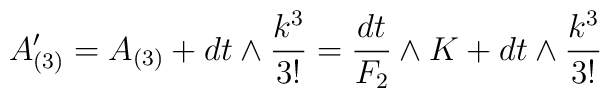
A^\prime_{(3)} = A_{(3)} + dt \wedge {k^3 \over 3!} = {dt \over F_2} \wedge K +   dt \wedge {k^3 \over 3!}